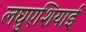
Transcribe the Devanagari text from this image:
लघुएशियाई